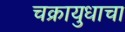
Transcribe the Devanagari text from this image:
चक्रायुधाचा